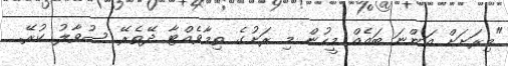
"މިރަށަށް އަންނަ ބައެއް މީހުން މި ރަށުގެ ތިމާވެއްޓާ ދޭތެރޭ ސުވާލު ކުރޭ.